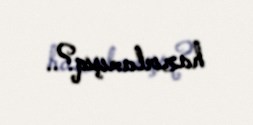
hazırlamışıq?..